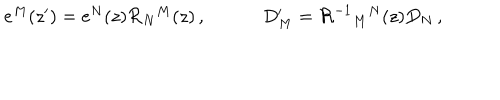
\begin{array} { c c } { { e ^ { M } ( z ^ { \prime } ) = e ^ { N } ( z ) { \cal R } _ { N } { } ^ { M } ( z ) \, , ~ } } & { { ~ D _ { M } ^ { \prime } = { \cal R } ^ { - 1 } { } _ { M } { } ^ { N } ( z ) D _ { N } \, , } } \\ \end{array}